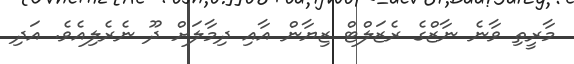
މާރީތި ވާނެ ނާޒްގެ ރެޒަލްޓް ޒިޔާން އާއި ދިމާލަށް ދޫ ނެރެލިއެވެ. އަދި